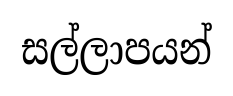
සල්ලාපයන්